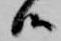
候